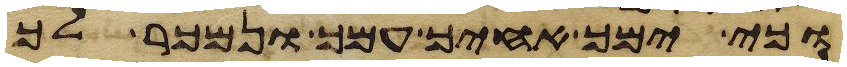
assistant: וכי ימך אחיך עמך ונמכר לך